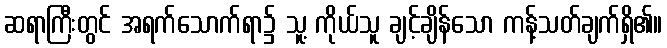
ဆရာကြီးတွင် အရက်သောက်ရာ၌ သူ့ ကိုယ်သူ ချင့်ချိန်သော ကန့်သတ်ချက်ရှိ၏။